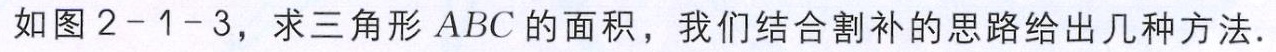
如图 \(2 - 1 - 3\)，求三角形 \(ABC\) 的面积，我们结合割补的思路给出几种方法.